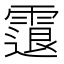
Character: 𩄮